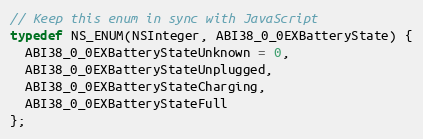
Language: C
// Keep this enum in sync with JavaScript
typedef NS_ENUM(NSInteger, ABI38_0_0EXBatteryState) {
  ABI38_0_0EXBatteryStateUnknown = 0,
  ABI38_0_0EXBatteryStateUnplugged,
  ABI38_0_0EXBatteryStateCharging,
  ABI38_0_0EXBatteryStateFull
};